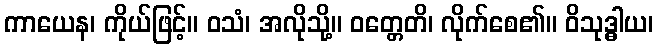
ကာယေန၊ ကိုယ်ဖြင့်။ ဝသံ၊ အလိုသို့။ ဝတ္တေတိ၊ လိုက်စေ၏။ ဝိသုဒ္ဓါယ၊